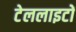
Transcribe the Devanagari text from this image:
टेललाइटों